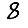
Digit: 8